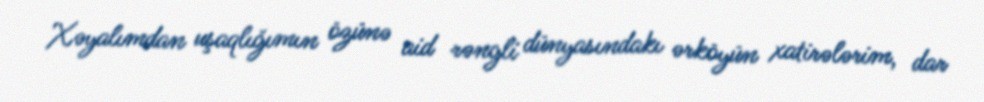
Xəyalımdan uşaqlığımın özünə aid rəngli dünyasındakı ərköyün xatirələrim, dar